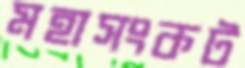
মহাসংকট